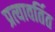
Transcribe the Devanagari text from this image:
प्रत्यावर्तित